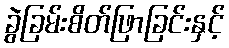
ခွဲခြမ်းစိတ်ဖြာခြင်းနှင့်